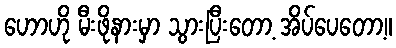
ဟောဟို မီးဖိုနားမှာ သွားပြီးတော့ အိပ်ပေတော့။